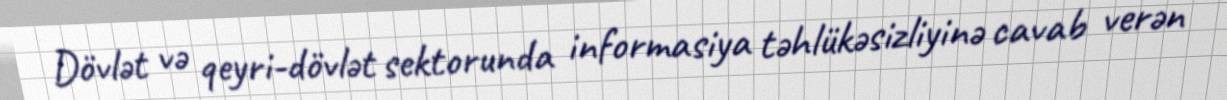
Dövlət və qeyri-dövlət sektorunda informasiya təhlükəsizliyinə cavab verən